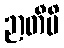
ဉာတီပိ